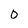
Character: 0